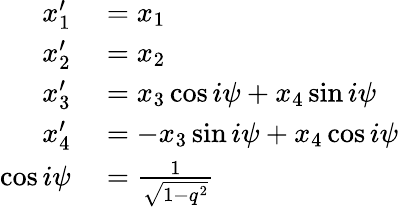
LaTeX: \begin{array}{rl}{x_{1}^{\prime}}&{{}=x_{1}}\\ {x_{2}^{\prime}}&{{}=x_{2}}\\ {x_{3}^{\prime}}&{{}=x_{3}\cos i\psi+x_{4}\sin i\psi}\\ {x_{4}^{\prime}}&{{}=-x_{3}\sin i\psi+x_{4}\cos i\psi}\\ {\cos i\psi}&{{}={\frac{1}{\sqrt{1-q^{2}}}}}\end{array}